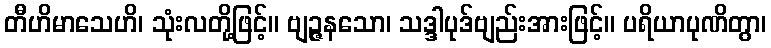
တီဟိမာသေဟိ၊ သုံးလတို့ဖြင့်။ ဗျဉ္ဇနသော၊ သဒ္ဒါပုဒ်ဗျည်းအားဖြင့်။ ပရိယာပုဏိတွာ၊